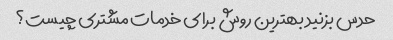
حدس بزنید بهترین روش برای خدمات مشتری چیست؟